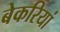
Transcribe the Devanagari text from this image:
बेकरियां